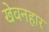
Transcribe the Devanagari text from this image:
खेवनहार